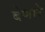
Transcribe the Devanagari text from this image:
बेणारे